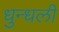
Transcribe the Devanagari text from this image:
धुन्धली